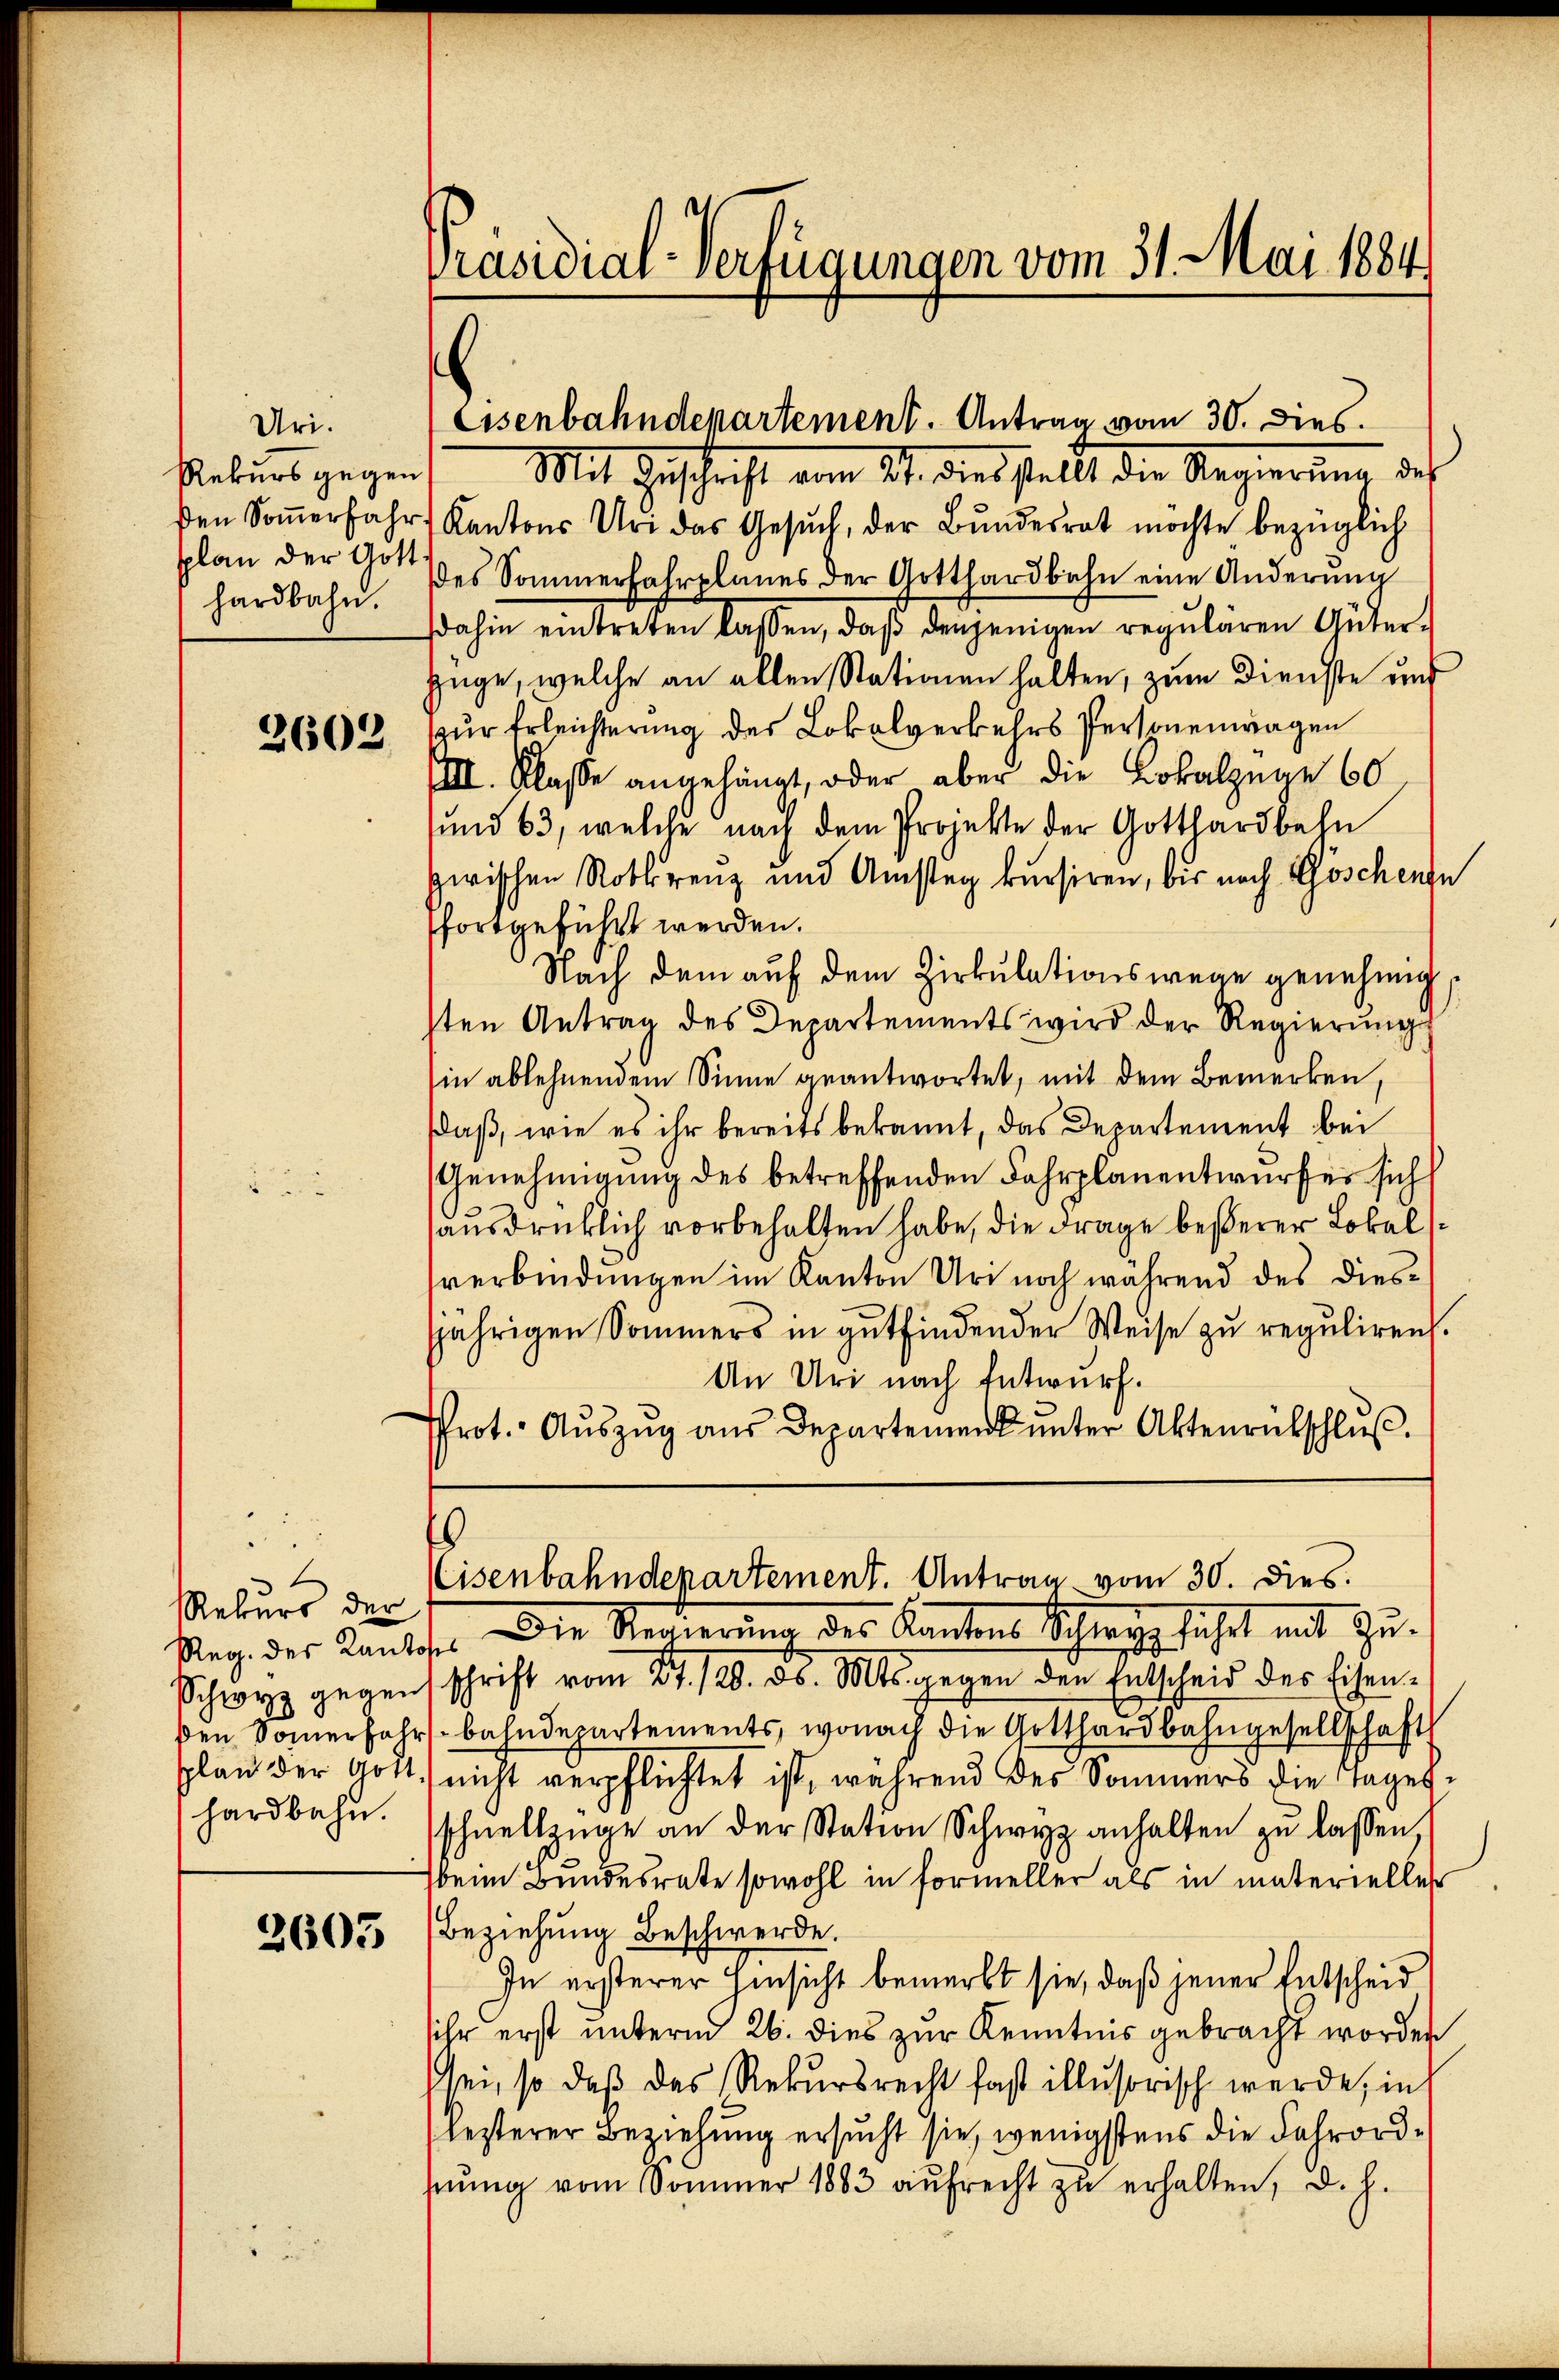
Uri.
Rekurs gegen
ßen Soṁerfahr
splan der Gott
hardbahn.

2603

1
Rekurs der
Reg. des Kant
Schwyz gegen
ßen Sommerfahr
splan der Gott.
hardbahn.

2603

Mit Zuschrift vom 21. dies stellt die Regierŭng des
Kantons Uri das Gesŭch, der Bundesrat möchte bezüglich
ses Sommerfahrplanes der Gotthardbahn eine Änderung
dahin eintreten lassen, daβ denjenigen regularen Güter-
züge, welche an allen Stationen halten, zum Dienste und
zur Erleichterung des Lokalverkehrs Personenwagen
IIII. Klasse angehängt, oder aber die Lokalzüge 60
sund 63, welche nach dem Projekte der Gotthardbahn
zwischen Rotkrenz und Amstag kursiren, bis nach Goschenzu
fortgeführt werden.
Nach dem auf dem Zirkulationswege genehmig
sten Antrag des Departements wird der Regierungs
in ablehnendem Sinne geantwortet, mit dem Bemerken,
Daß, wie es ihr bereits bekannt, das Departement bei
Genehmigung des betreffenden Fahrplanentwurfes sich
ausdrücklich vorbehalten habe, die Frage besserer Lokal
verbindungen im Kanton Uri noch während des diesjährigen Sommers in gutfindender Weise zu reguliren.
An Uri nach Entwurf.
Prot. Aŭszŭg aŭs Departement ŭnter Aktenrütschlŭβ
16
Cisenbahndepartement. Antrag vom 30. dies
fe. Die Regierung des Kantons Schweg führt mit Zuschrift vom 27./20. ds. Mts. gegen den Entscheid des Eisen-
bahndepartements, wonach die Gotthardbahngesellschaft
nicht verpflichtet ist, während des Sommers die Tagelschnellzüge an der Station Schwyz anhalten zu lassen
beim Bundesrate sowohl in Formeller als in materieller
Beziehung Beschwerde.
In ersterer Hinsicht bemerkt sie, daß jener Entscheid
sihr erst unterm 26. dies zur Kenntnis gebracht worden
sei, so daß das Rekursrecht fast illusorisch werde, in
lezterer Beziehung ersucht sie, wenigstens die Fahrordhrŭng vom Sommer 1883 aŭfrecht zŭ erhalten, d. h.

Präsidial-Verfügungen vom 31. Mai 1884

Eisenbahndepartement. Antrag vom 30. dies